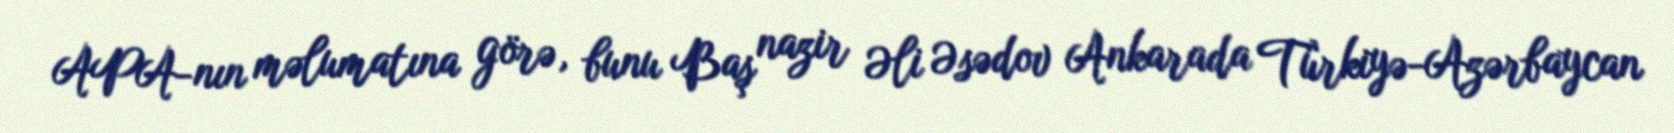
APA-nın məlumatına görə, bunu Baş nazir Əli Əsədov Ankarada Türkiyə-Azərbaycan